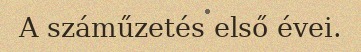
A száműzetés első évei.